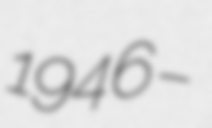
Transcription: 1946 –